Scottish Certificate of Education, 1963
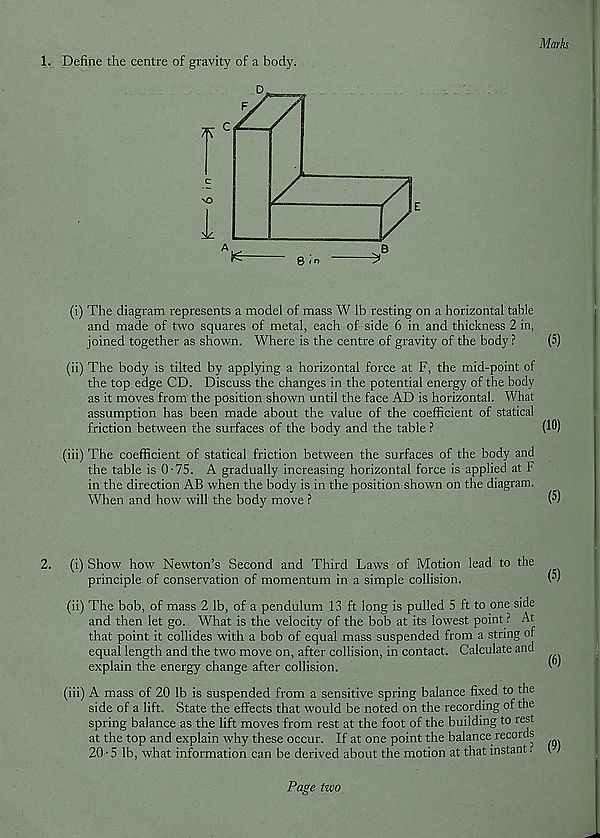
1. Define the centre of gravity of a body.
Marks
(i) The diagram represents a model of mass W lb resting on a horizontal table
and made of two squares of metal, each of side 6 in and thickness 2 in,
joined together as shown. Where is the centre of gravity of the body ?
(5)
(ii) The body is tilted by applying a horizontal force at F, the mid-point of
the top edge CD. Discuss the changes in the potential energy of the body
as it moves from the position shown until the face AD is horizontal. What
assumption has been made about the value of the coefficient of statical
friction between the surfaces of the body and the table ?
(10)
(iii) The coefficient of statical friction between the surfaces of the body and
the table is 0-75. A gradually increasing horizontal force is applied at F
in the direction AB when the body is in the position shown on the diagram.
When and how will the body move ?
(^)
2. (i) Show how Newton’s Second and Third Laws of Motion lead to the
principle of conservation of momentum in a simple collision.
(5)
(ii) The bob, of mass 2 lb, of a pendulum 13 ft long is pulled 5 ft to one side
and then let go. What is the velocity of the bob at its lowest point ? At
that point it collides with a bob of equal mass suspended from a string of
equal length and the two move on, after collision, in contact. Calculate and
explain the energy change after collision.
(iii) A mass of 20 lb is suspended from a sensitive spring balance fixed to the
side of a lift. State the effects that would be noted on the recording of the
spring balance as the lift moves from rest at the foot of the building to rest
at the top and explain why these occur. If at one point the balance records
20-5 lb, what information can be derived about the motion at that instant.
(6)
(9)
Page two